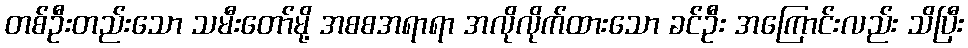
တစ်ဦးတည်းသော သမီးတော်မို့ အစစအရာရာ အလိုလိုက်ထားသော ခင်ဦး အကြောင်းလည်း သိပြီး